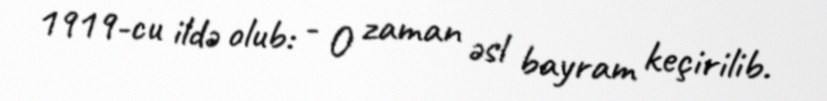
1919-cu ildə olub: - O zaman əsl bayram keçirilib.